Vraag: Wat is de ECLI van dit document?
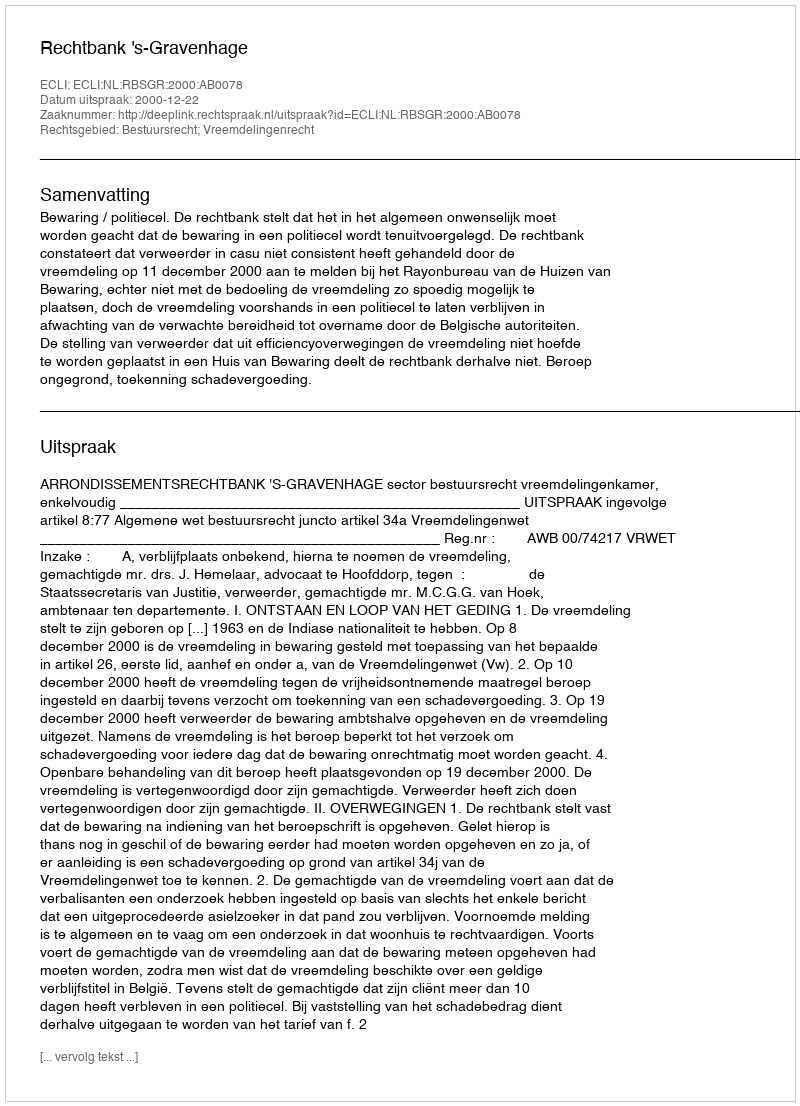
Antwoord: ECLI:NL:RBSGR:2000:AB0078